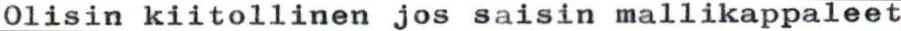
Olisin kiitollinen jos saisin mallikappaleet